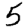
Digit: 5